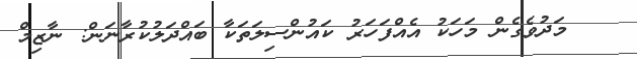
މަދުވެގެން މަހަކު އެއްފަހަރު ކައުންސިލަތަކާ ބައްދަލުކުރާނަން: ނާޒިމް